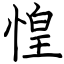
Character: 惶